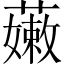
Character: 𧀒